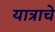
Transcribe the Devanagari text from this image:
यात्राचे